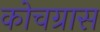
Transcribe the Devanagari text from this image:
कोचग्रास